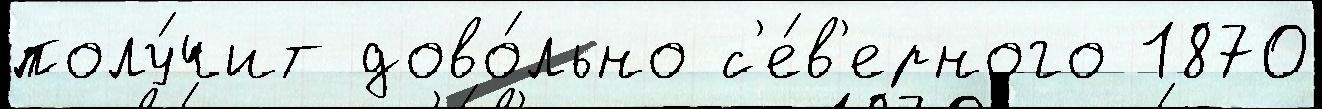
полу́чит дово́льно с'е́в'ерного 1870